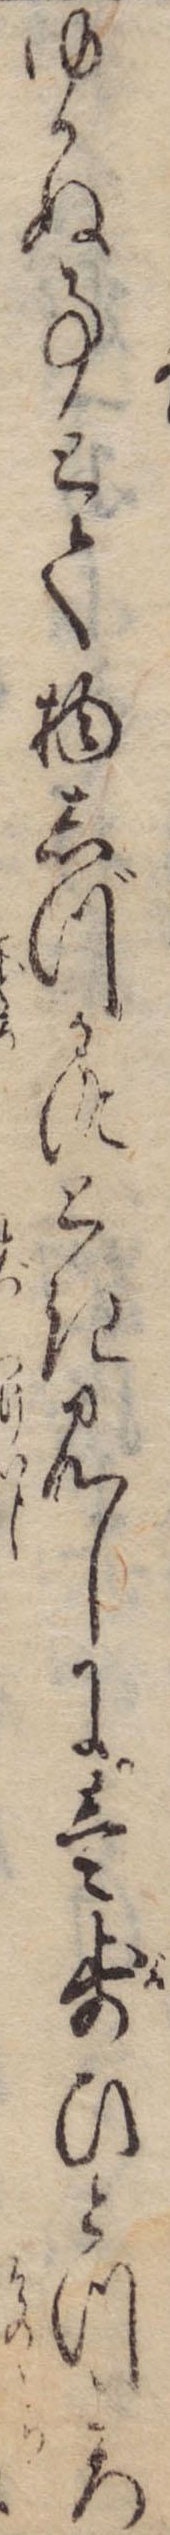
ゆかぬ事とて物しづかにとき見しに壱歩ひとつころ